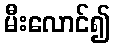
မီးလောင်၍